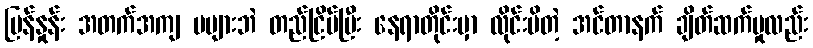
မြန်နှုန်း အတက်အကျ မများဘဲ တည်ငြိမ်ပြီး နေရာတိုင်းမှာ လိုင်းမိတဲ့ အင်တာနက် ချိတ်ဆက်မှုလည်း